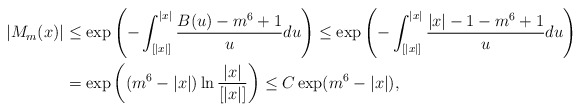
\begin{align*} |M_m(x)|&\leq\exp\left(-\int_{[|x|]}^{|x|}\frac{B(u)-m^6+1}{u}du\right)\leq \exp\left(-\int_{[|x|]}^{|x|}\frac{|x|-1-m^6+1}{u}du\right)\\ &=\exp\left((m^6-|x|)\ln\frac{|x|}{[|x|]}\right) \leq C\exp(m^6-|x|),\end{align*}